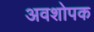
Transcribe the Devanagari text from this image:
अवशोपक